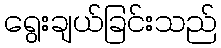
ရွေးချယ်ခြင်းသည်